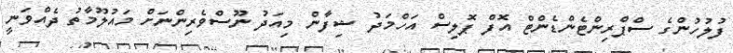
ފުލުހުންގެ ސްޕްރިންޓެންޑެންޓް އޮފް ޕޮލިސް އަހްމަދު ޝިފާން މިއަދު ނޫސްވެރިންނަށް މައުލޫމާތު ދެއްވަނީ